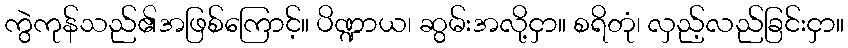
ကွဲကုန်သည်၏အဖြစ်ကြောင့်။ ပိဏ္ဍာယ၊ ဆွမ်းအလို့ငှာ။ စရိတုံ၊ လှည့်လည်ခြင်းငှာ။